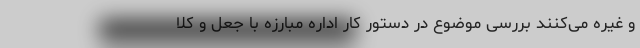
و غیره می‌کنند بررسی موضوع در دستور کار اداره مبارزه با جعل و کلا